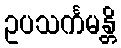
ဥပသင်္ကမန္တိ